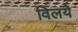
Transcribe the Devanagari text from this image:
विलये